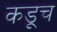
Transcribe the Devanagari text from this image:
कडूच